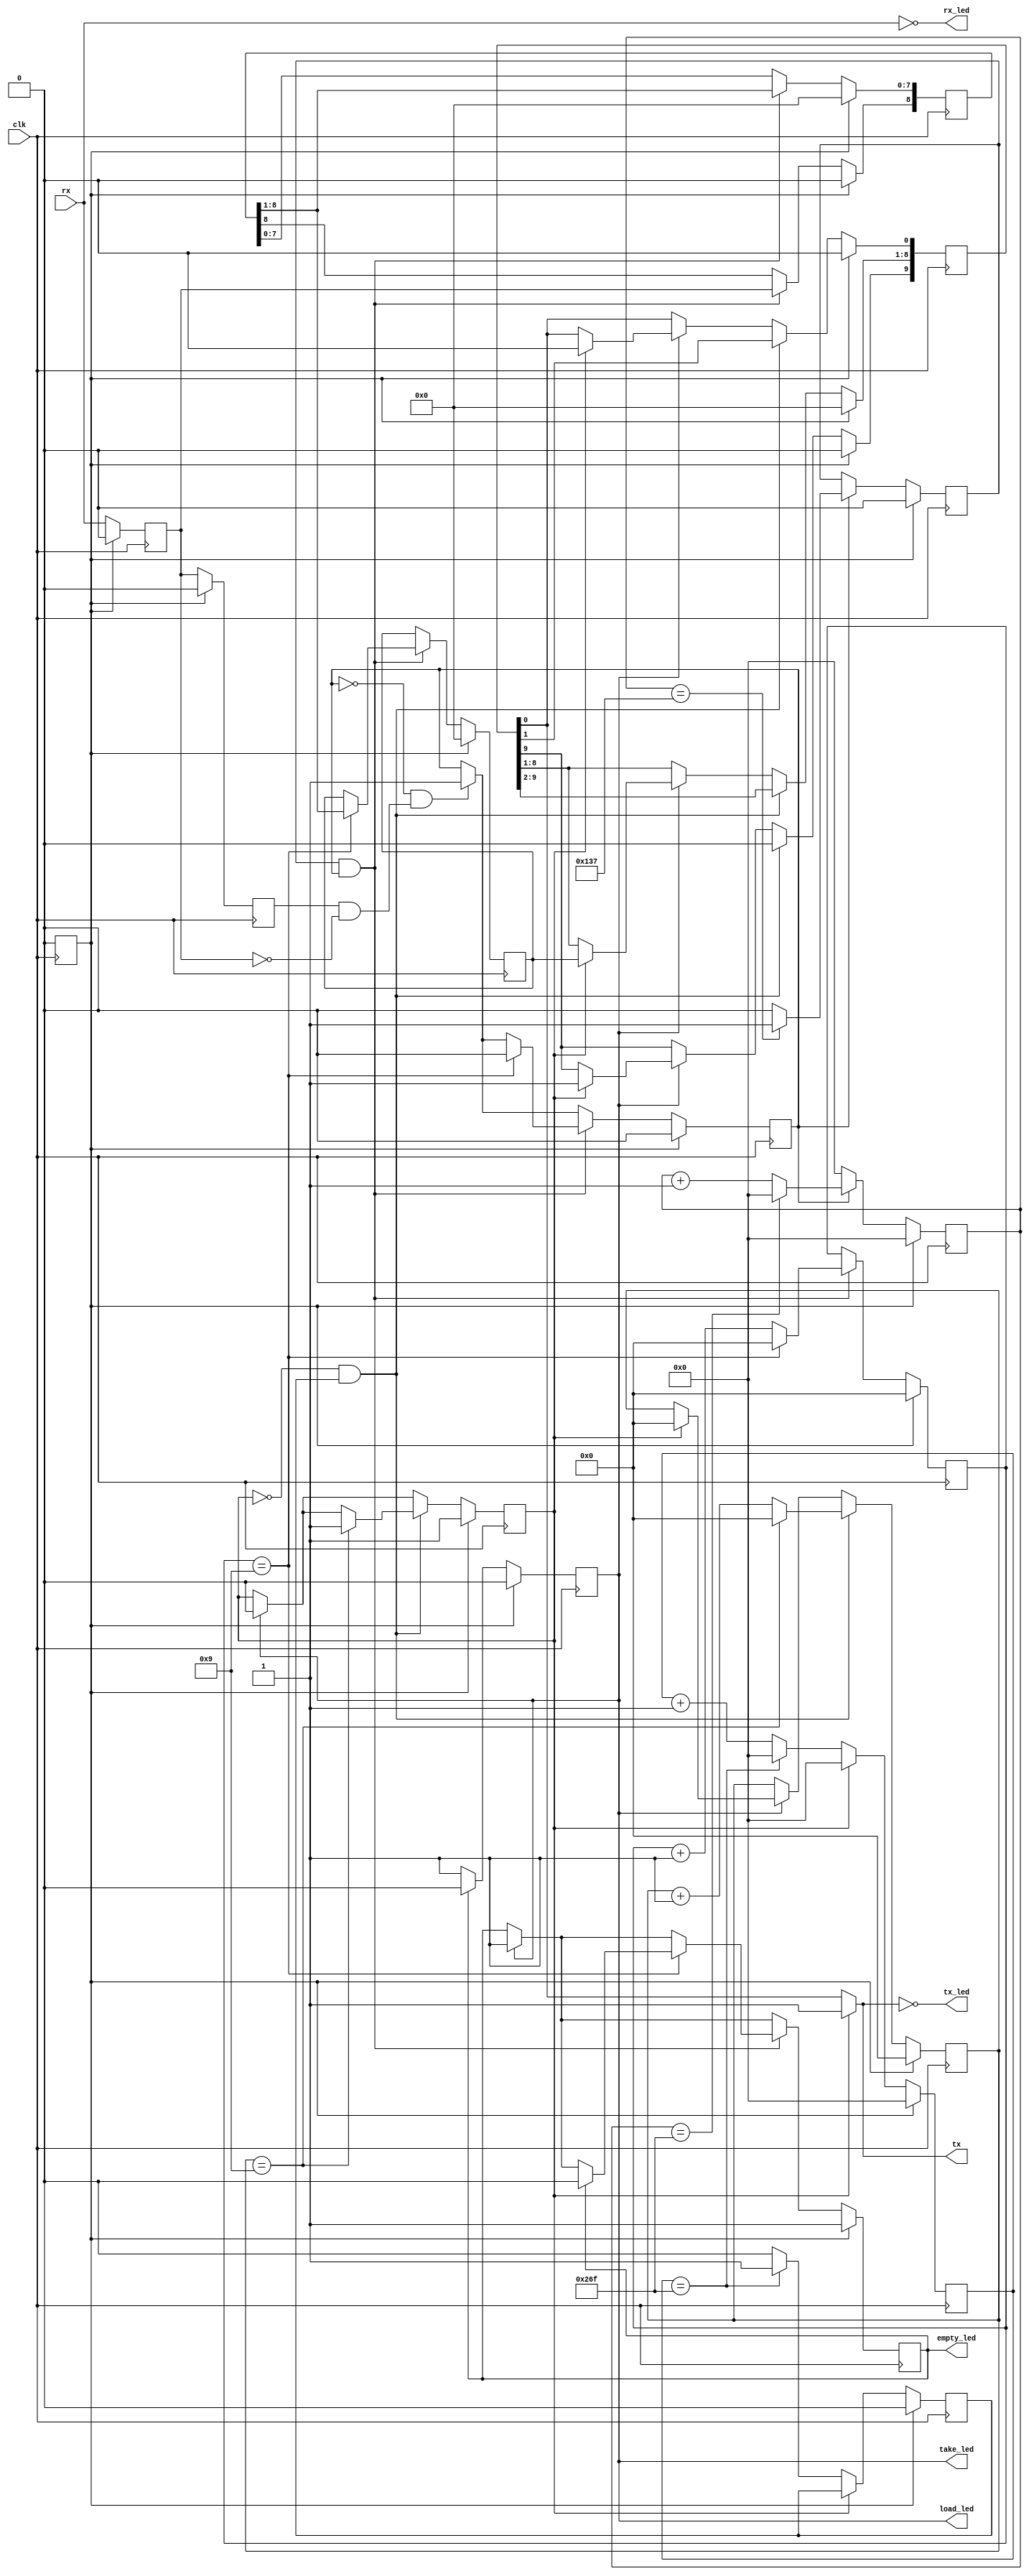
module top(
	(* LOC = "14" *)
	output tx,
	(* LOC = "16" *)
	input rx,
	(* LOC = "13" *)
	output rx_led,
	(* LOC = "17" *)
	output tx_led,
	(* LOC = "20" *)
	output load_led,
	(* LOC = "23" *)
	output take_led,
	(* LOC = "25" *)
	output empty_led,
	(* LOC = "21" *)
	input clk
);

wire [7:0] out_data;
wire [7:0] in_data;
reg wr = 1'd0;
reg rd = 1'd0;
wire tx_empty;
wire rx_empty;
wire tx_ov;
wire rx_ov;
wire sout_load;
wire [7:0] sout_out_data;
wire sout_shift;
reg sout_empty = 1'd1;
reg sout_overrun = 1'd0;
reg [3:0] sout_count = 4'd0;
reg [9:0] sout_reg = 10'd0;
reg sout_tx;
wire sin_rx;
wire sin_shift;
wire sin_take;
reg [7:0] sin_in_data = 8'd0;
wire sin_edge;
reg sin_empty = 1'd1;
reg sin_busy = 1'd0;
reg sin_overrun = 1'd0;
reg sin_sync_rx = 1'd0;
reg [8:0] sin_reg = 9'd0;
reg sin_rx_prev = 1'd0;
reg [3:0] sin_count = 4'd0;
wire out_active;
wire in_active;
reg shift_out_strobe = 1'd0;
reg shift_in_strobe = 1'd0;
reg [9:0] in_counter = 10'd0;
reg [9:0] out_counter = 10'd0;
wire sys_clk;
wire sys_rst;
wire por_clk;
reg int_rst = 1'd1;

// synthesis translate_off
reg dummy_s;
initial dummy_s <= 1'd0;
// synthesis translate_on

assign tx_led = (~tx);
assign rx_led = (~rx);
assign load_led = sout_load;
assign take_led = sin_take;
assign empty_led = sin_empty;
assign out_data = in_data;
assign in_data = sin_in_data;
assign sout_out_data = out_data;
assign sin_take = rd;
assign sout_load = wr;
assign tx = sout_tx;
assign sin_rx = rx;
assign tx_empty = sout_empty;
assign rx_empty = sin_empty;
assign tx_ov = sout_overrun;
assign rx_ov = sin_overrun;
assign sout_shift = shift_out_strobe;
assign sin_shift = shift_in_strobe;
assign out_active = (~sout_empty);
assign in_active = sin_busy;

// synthesis translate_off
reg dummy_d;
// synthesis translate_on
always @(*) begin
	sout_tx <= 1'd0;
	if (sout_empty) begin
		sout_tx <= 1'd1;
	end else begin
		sout_tx <= sout_reg[0];
	end
// synthesis translate_off
	dummy_d <= dummy_s;
// synthesis translate_on
end
assign sin_edge = ((sin_rx_prev == 1'd1) & (sin_sync_rx == 1'd0));
assign sys_clk = clk;
assign por_clk = clk;
assign sys_rst = int_rst;

always @(posedge por_clk) begin
	int_rst <= 1'd0;
end

always @(posedge sys_clk) begin
	wr <= 1'd0;
	rd <= 1'd0;
	if ((~sin_empty)) begin
		wr <= 1'd1;
		rd <= 1'd1;
	end
	if (sout_load) begin
		if (sout_empty) begin
			sout_reg[0] <= 1'd0;
			sout_reg[8:1] <= sout_out_data;
			sout_reg[9] <= 1'd1;
			sout_empty <= 1'd0;
			sout_overrun <= 1'd0;
			sout_count <= 1'd0;
		end else begin
			sout_overrun <= 1'd1;
		end
	end
	if (((~sout_empty) & sout_shift)) begin
		sout_reg[8:0] <= sout_reg[9:1];
		sout_reg[9] <= 1'd0;
		if ((sout_count == 4'd9)) begin
			sout_empty <= 1'd1;
			sout_count <= 1'd0;
		end else begin
			sout_count <= (sout_count + 1'd1);
		end
	end
	sin_sync_rx <= sin_rx;
	sin_rx_prev <= sin_sync_rx;
	if (sin_take) begin
		sin_empty <= 1'd1;
		sin_overrun <= 1'd0;
	end
	if (((~sin_busy) & sin_edge)) begin
		sin_busy <= 1'd1;
	end
	if ((sin_shift & sin_busy)) begin
		sin_reg[8] <= sin_sync_rx;
		sin_reg[7:0] <= sin_reg[8:1];
		if ((sin_count == 4'd9)) begin
			sin_in_data <= sin_reg[8:1];
			sin_count <= 1'd0;
			sin_busy <= 1'd0;
			if ((~sin_empty)) begin
				sin_overrun <= 1'd1;
			end else begin
				sin_empty <= 1'd0;
			end
		end else begin
			sin_count <= (sin_count + 1'd1);
		end
	end
	out_counter <= 1'd0;
	in_counter <= 1'd0;
	if (in_active) begin
		shift_in_strobe <= 1'd0;
		in_counter <= (in_counter + 1'd1);
		if ((in_counter == 9'd311)) begin
			shift_in_strobe <= 1'd1;
		end
		if ((in_counter == 10'd623)) begin
			in_counter <= 1'd0;
		end
	end
	if (out_active) begin
		shift_out_strobe <= 1'd0;
		out_counter <= (out_counter + 1'd1);
		if ((out_counter == 10'd623)) begin
			out_counter <= 1'd0;
			shift_out_strobe <= 1'd1;
		end
	end
	if (sys_rst) begin
		wr <= 1'd0;
		rd <= 1'd0;
		sout_empty <= 1'd1;
		sout_overrun <= 1'd0;
		sout_count <= 4'd0;
		sout_reg <= 10'd0;
		sin_in_data <= 8'd0;
		sin_empty <= 1'd1;
		sin_busy <= 1'd0;
		sin_overrun <= 1'd0;
		sin_sync_rx <= 1'd0;
		sin_reg <= 9'd0;
		sin_rx_prev <= 1'd0;
		sin_count <= 4'd0;
		shift_out_strobe <= 1'd0;
		shift_in_strobe <= 1'd0;
		in_counter <= 10'd0;
		out_counter <= 10'd0;
	end
end

endmodule